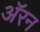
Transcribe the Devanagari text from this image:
अॅरन